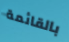
بالقائمة